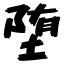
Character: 堕